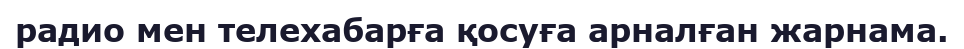
радио мен телехабарға қосуға арналған жарнама.